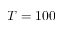
T = 1 0 0